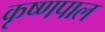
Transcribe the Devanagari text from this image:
कृष्णपाल